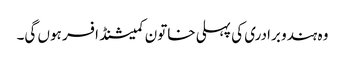
وہ ہندو برادری کی پہلی خاتون کمیشنڈ افسر ہوں گی۔